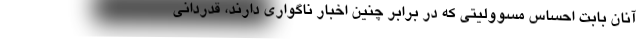
آنان بابت احساس مسوولیتی که در برابر چنین اخبار ناگواری دارند، قدردانی